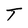
Character: T